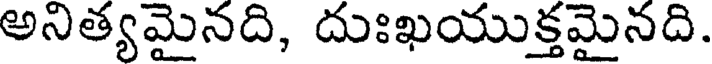
అనిత్యమైనది, దుఃఖయుక్తమైనది.